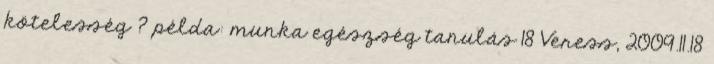
kötelesség ? példa: munka egészség tanulás 18 Veress, 2009.11.18